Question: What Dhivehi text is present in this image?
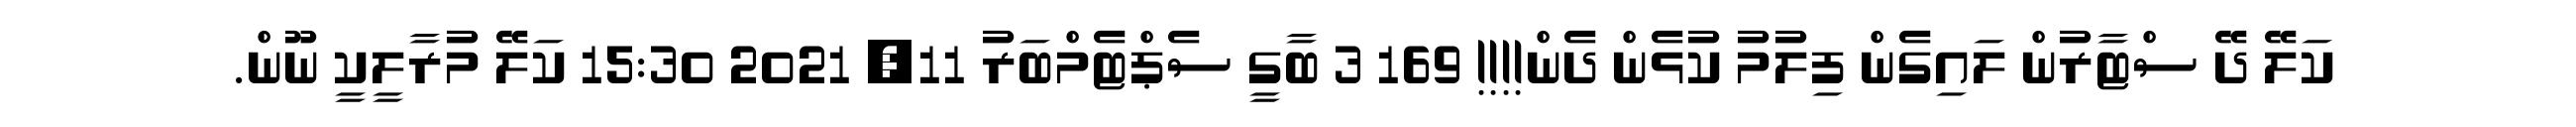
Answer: ކަލޭ ދޭ ސްޓާރުން ލައިގެން ފިލުމު ކުޅެން ދެން!!!! 169 3 ބާގީ ސެޕްޓެމްބަރު 11, 2021 15:30 ކަލޭ މުރާލީކީ ނޫން.